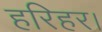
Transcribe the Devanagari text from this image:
हरिहर।